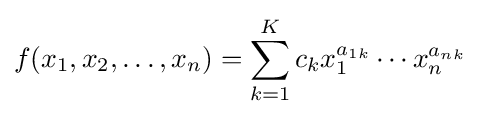
f(x_{1},x_{2},\dots ,x_{n})=\sum _{k=1}^{K}c_{k}x_{1}^{a_{1k}}\cdots x_{n}^{a_{nk}}